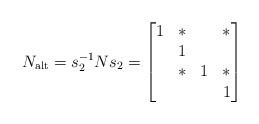
LaTeX: \begin{align*} N_{\mathrm{alt}}=s_2^{-1}Ns_2=\begin{bmatrix}1&*&&*\\&1\\&*&1&*\\&&&1\end{bmatrix}\end{align*}